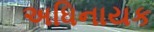
અધિનાયક